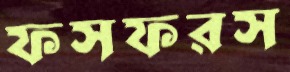
ফসফরস